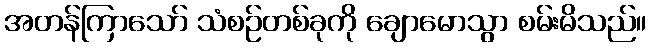
အတန်ကြာသော် သံစဉ်တစ်ခုကို ချောမောသွာ စမ်းမိသည်။